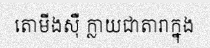
តោមីងស៊ឺ ក្លាយជាតារាក្នុង